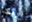
اريكا